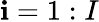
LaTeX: \mathbf{i}=1:I